Causation and prevention of malarial fevers: a statement of the results of researches drawn up for the use of assistant surgeons, hospital assistants and students
Disease focus: Malaria
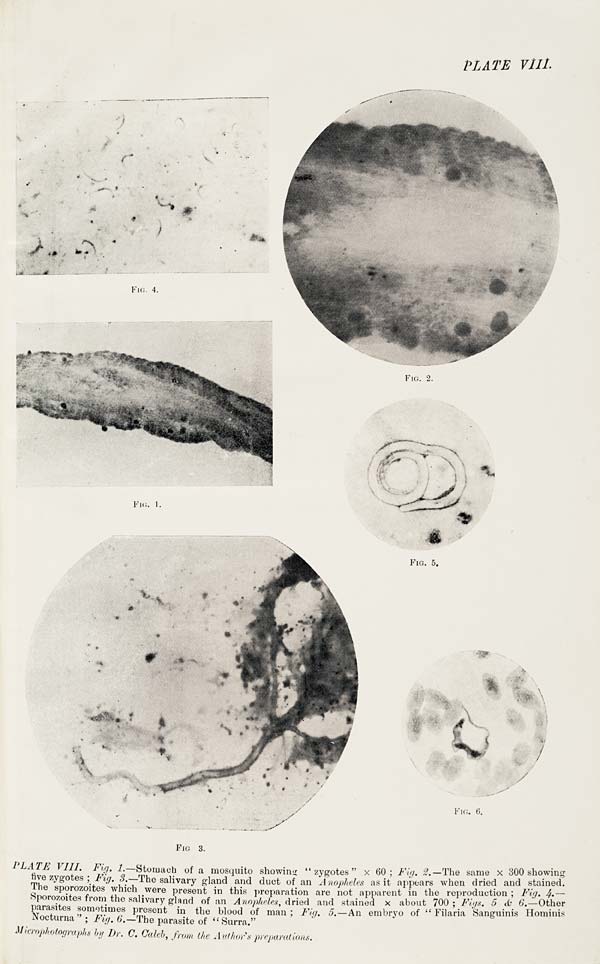
PLATE VIII.
FIG. 1.
FIG. 2.
FIG. 3.
FIG. 4.
FIG. 5.
FIG. 6.
PLATE VIII. Fig. 1.—Stomach of a mosquito showing "zygotes" x 60; Fig. 2.— The same x 300 showing
five zygotes; Fig. 3.—The salivary gland and duct of an Anopheles as it appears when dried and stained.
The sporozoites which were present in this preparation are not apparent in the reproduction; Fig. 4.—
Sporozoites from the salivary gland of an Anopheles, dried and stained x about 700; Figs. 5 & 6.—Other
parasites sometimes present in the blood of man; Fig. 5.—An embryo of "Filaria Sanguinis Hominis
Nocturna"; Fig. 6.— The parasite of "Surra."
Microphotographs by Dr. C. Caleb, from the Author's preparations.